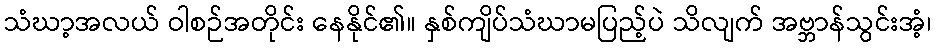
သံဃာ့အလယ် ဝါစဉ်အတိုင်း နေနိုင်၏။ နှစ်ကျိပ်သံဃာမပြည့်ပဲ သိလျက် အဗ္ဘာန်သွင်းအံ့၊